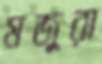
মজুরা